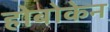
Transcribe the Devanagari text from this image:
होबोकेन